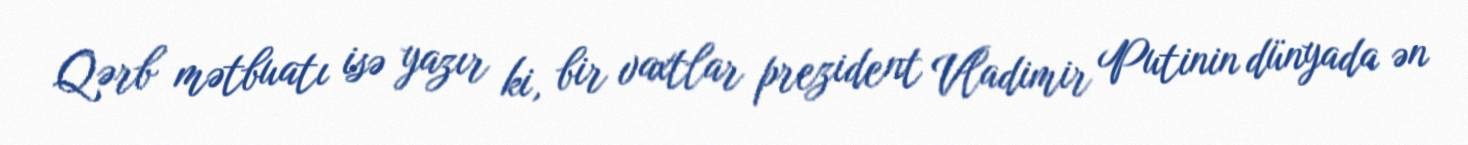
Qərb mətbuatı isə yazır ki, bir vaxtlar prezident Vladimir Putinin dünyada ən